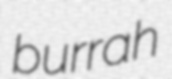
burrah